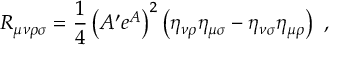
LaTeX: R _ { \mu \nu \rho \sigma } = \frac { 1 } { 4 } \left( A ^ { \prime } e ^ { A } \right) ^ { 2 } \left( \eta _ { \nu \rho } \eta _ { \mu \sigma } - \eta _ { \nu \sigma } \eta _ { \mu \rho } \right) ~ ,